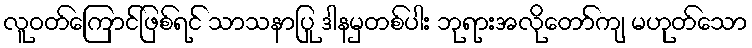
လူဝတ်ကြောင်ဖြစ်ရင် သာသနာပြု ဒါနမှတစ်ပါး ဘုရားအလိုတော်ကျ မဟုတ်သော